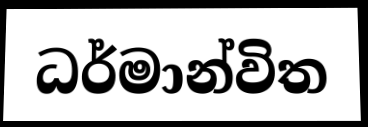
ධර්මාන්විත